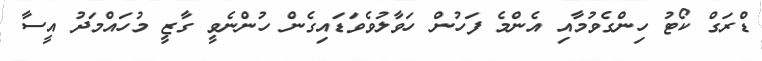
ޑްރަގް ކޯޓު ހިންގެވުމާއި އެންމެ ފަހުން ހަވާލުވެވަޑައިގެން ހުންނެވީ ގާޒީ މުހައްމަދު އީސާ